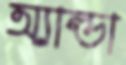
অ্যাল্ডা